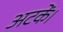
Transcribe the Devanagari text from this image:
अटकें।